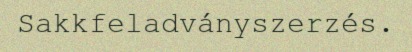
Sakkfeladványszerzés.